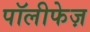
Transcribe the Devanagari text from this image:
पॉलीफेज़